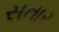
સતાર